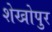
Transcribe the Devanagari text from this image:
शेखोपुर